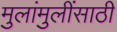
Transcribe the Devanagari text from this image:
मुलांमुलींसाठी